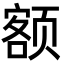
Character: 额